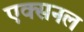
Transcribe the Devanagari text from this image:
एक्सनल